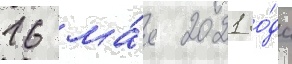
16 ма́я 2021 го́да